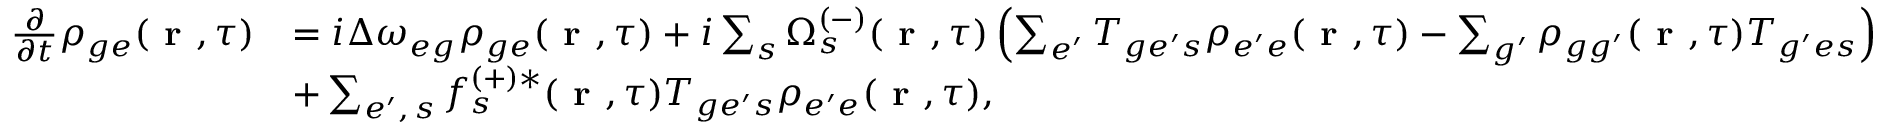
\begin{array} { r l } { \frac { \partial } { \partial t } \rho _ { { g e } } ( \textbf { r } , \tau ) } & { = i \Delta \omega _ { { e g } } \rho _ { { g e } } ( \textbf { r } , \tau ) + i \sum _ { s } \Omega _ { s } ^ { ( - ) } ( \textbf { r } , \tau ) \left( \sum _ { e ^ { \prime } } T _ { { g e ^ { \prime } } s } \rho _ { { e ^ { \prime } e } } ( \textbf { r } , \tau ) - \sum _ { g ^ { \prime } } \rho _ { { g g ^ { \prime } } } ( \textbf { r } , \tau ) T _ { { g ^ { \prime } e } s } \right) } \\ & { + \sum _ { e ^ { \prime } , \, s } f _ { s } ^ { ( + ) * } ( \textbf { r } , \tau ) T _ { { g e ^ { \prime } } s } \rho _ { { e ^ { \prime } e } } ( \textbf { r } , \tau ) , } \end{array}